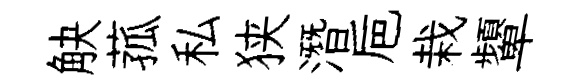
觖菰私狭潛巵栽顰